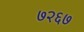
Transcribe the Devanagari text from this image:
७२६७